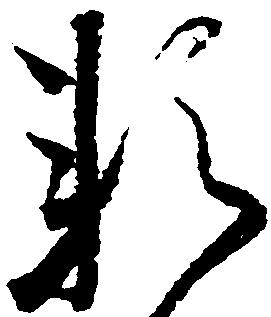
頼